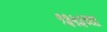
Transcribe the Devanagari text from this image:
१३५३च्या